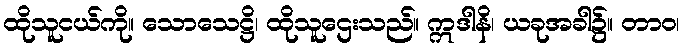
ထိုသူငယ်ကို။ သောသေဋ္ဌိ၊ ထိုသူဌေးသည်။ ဣဒါနိ၊ ယခုအခါ၌။ တာဝ၊